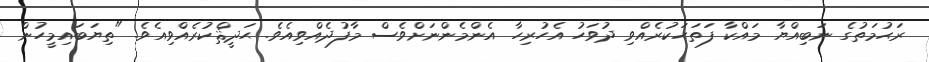
ރަޙުމަތުގެ ނަބިއްޔާ މައްކާ ފަތަޙަކުރެއްވި ދުވަހު އެހުރިހާ އެންމެންނަށްވެސް މާފުދެއްވިއެވެ. ޙަދީޘްކުރެއްވިއެވެ. "ތިޔަބައިމީހުން